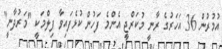
އުމުރުން 36 އަހަރުގެ ރާނީ މުކަރްޖީ އެންމެ ފަހުން ކުޅެފައިވާ ފިލްމަކީ "މަރުދާނީ"